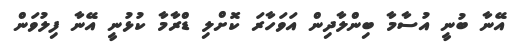
އޭނާ ބުނީ އުސާމާ ބިންލާދިން އަވަހާރަ ކޮށްލި ޑްރާމާ ކުޅުނީ އޭނާ ފިލުވަން